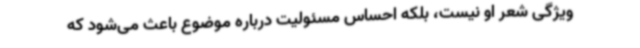
ویژگی شعر او نیست، بلکه احساس مسئولیت درباره موضوع باعث می‌شود که